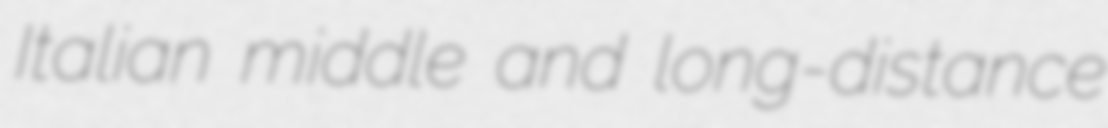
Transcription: Italian middle and long-distance